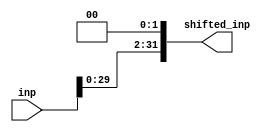
module Shift2(inp, shifted_inp);
    input [31:0] inp;
    output wire [31:0] shifted_inp;
    assign shifted_inp = {inp[29:0], 2'b0};
endmodule